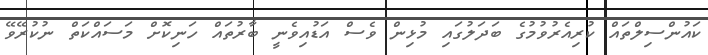
ކައުންސިލްތައް ކުރިއެރުވުމުގެ ބަދަލުގައި މުޅިން ވެސް އަޑުއިވެނީ ބާރުތައް ހަނިކޮށް މަސައްކަތް ނުކުރޭވޭ